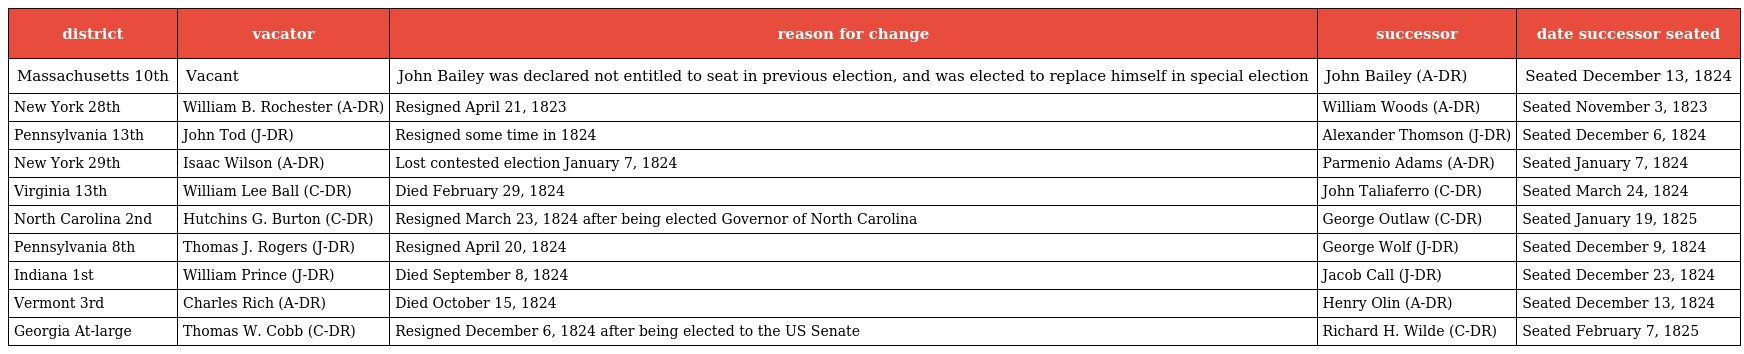
| district | vacator | reason for change | successor | date successor seated |
 | --- | --- | --- | --- | --- |
 | Massachusetts 10th | Vacant | John Bailey was declared not entitled to seat in previous election, and was elected to replace himself in special election | John Bailey (A-DR) | Seated December 13, 1824 |
 | New York 28th | William B. Rochester (A-DR) | Resigned April 21, 1823 | William Woods (A-DR) | Seated November 3, 1823 |
 | Pennsylvania 13th | John Tod (J-DR) | Resigned some time in 1824 | Alexander Thomson (J-DR) | Seated December 6, 1824 |
 | New York 29th | Isaac Wilson (A-DR) | Lost contested election January 7, 1824 | Parmenio Adams (A-DR) | Seated January 7, 1824 |
 | Virginia 13th | William Lee Ball (C-DR) | Died February 29, 1824 | John Taliaferro (C-DR) | Seated March 24, 1824 |
 | North Carolina 2nd | Hutchins G. Burton (C-DR) | Resigned March 23, 1824 after being elected Governor of North Carolina | George Outlaw (C-DR) | Seated January 19, 1825 |
 | Pennsylvania 8th | Thomas J. Rogers (J-DR) | Resigned April 20, 1824 | George Wolf (J-DR) | Seated December 9, 1824 |
 | Indiana 1st | William Prince (J-DR) | Died September 8, 1824 | Jacob Call (J-DR) | Seated December 23, 1824 |
 | Vermont 3rd | Charles Rich (A-DR) | Died October 15, 1824 | Henry Olin (A-DR) | Seated December 13, 1824 |
 | Georgia At-large | Thomas W. Cobb (C-DR) | Resigned December 6, 1824 after being elected to the US Senate | Richard H. Wilde (C-DR) | Seated February 7, 1825 |